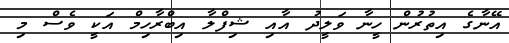
އޭނާގެ އިތުރުން ހީނާ ވަލީދު އާއި ޝިފްލާ އިބްރާހިމް އަކީ ވެސް މި